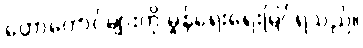
တောတောင်များကို မှုန်ရေးရေးမြင်ရသည်။